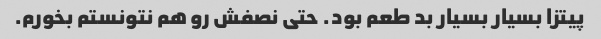
پیتزا بسیار بسیار بد طعم بود. حتی نصفش رو هم نتونستم بخورم.